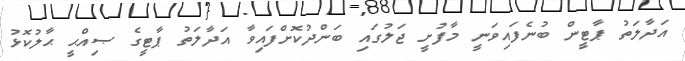
އަދާލަތު ޕާޓީން ބުނެފައިވަނީ މާފުށީ ޖަލުގައި ބަންދުކޮށްފައިވާ އަދާލަތު ޕާޓީގެ ޞިއްޙީ ޙާލުކޮޅު